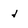
Character: j